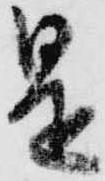
是